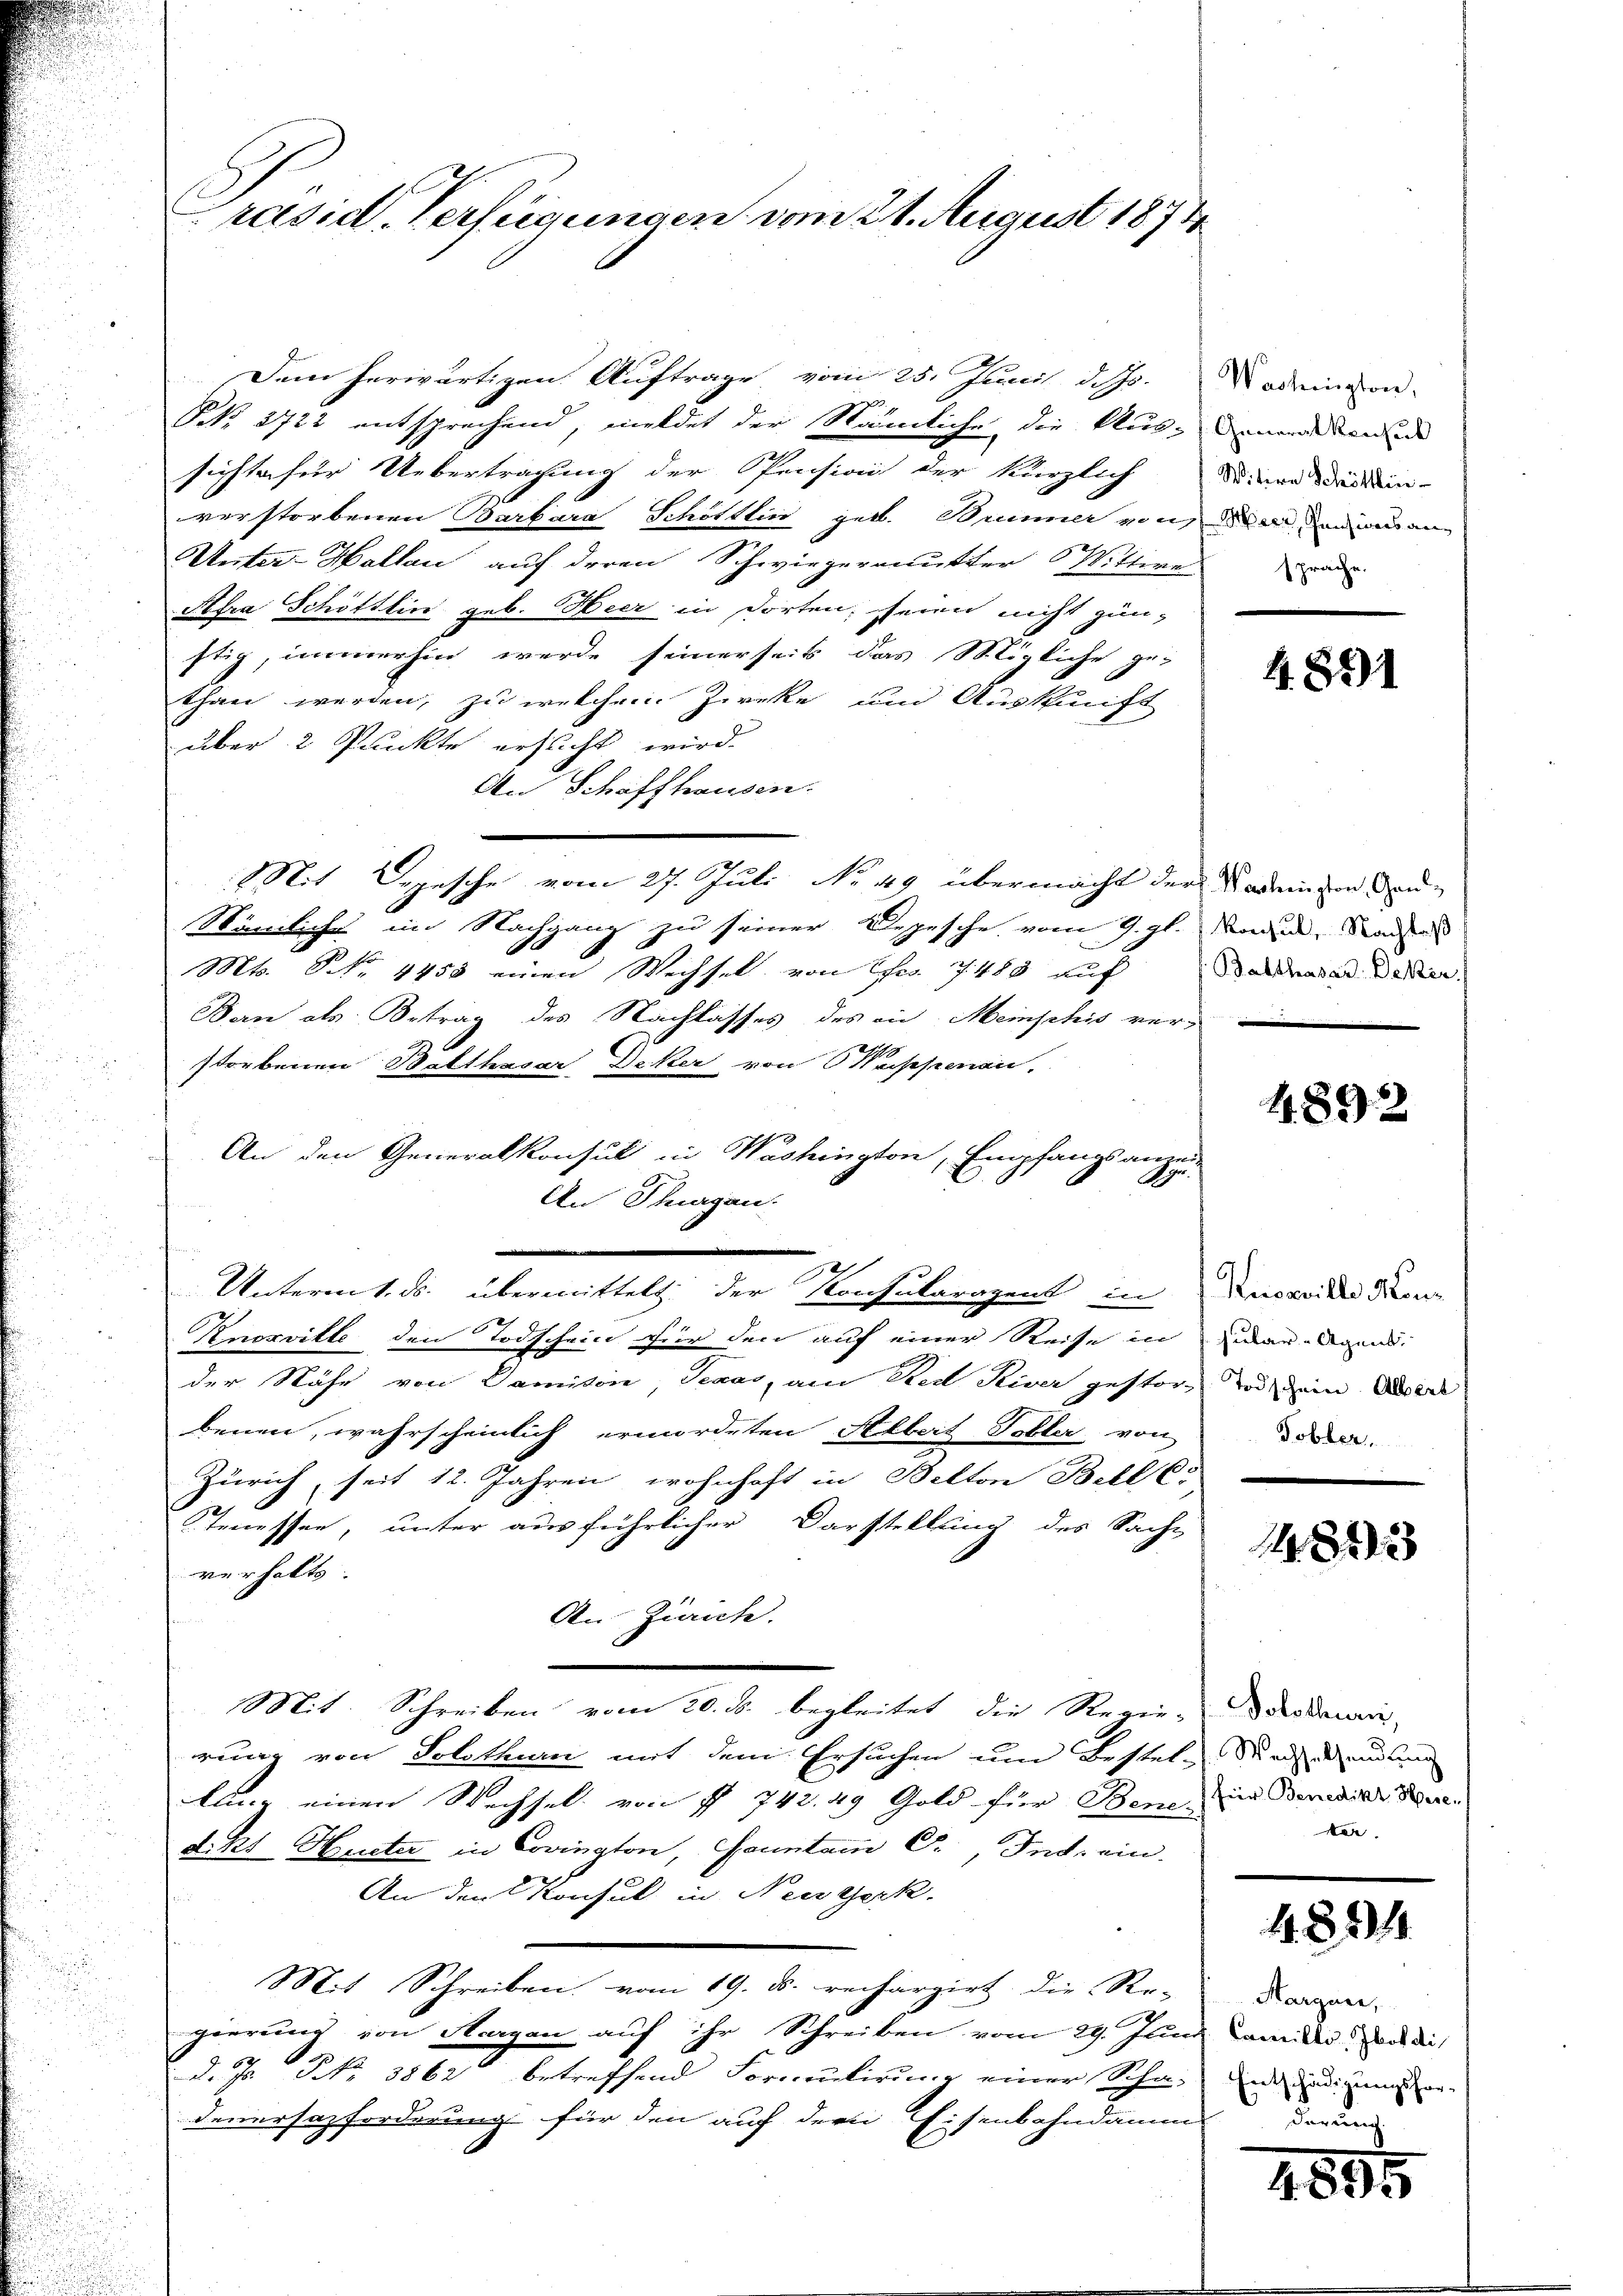
Präsid. Verfügungen vom 21. August 1874

Dem herwärtigen Auftrage vom 25. Juni d. Js. ademein-
NNo. 2722 entsprechend, meldet der Nämliche die Aus- inandenen
sichte für Uebertragung der Pension der kürzlich diere Weidlin-
verstorbenen Barbara Schöttlin geb. Brunner von er an man
Weiter-Hallau auf deren Schwiegermutter 6 Wittwe
Afra Schöttlin geb. Heer in dorten, seien nicht gün-
stig, immerhin werde seinerseits das Mögliche ge-
than werden, zu welchem Zieke und Auskunft
über 2 Punkte ersucht wird.
An Schaffhausen.
Mit Depesche vom 27. Juli No 49 übermacht der Kadenten den¬
Nämliches im Nachgang zu seiner Depesche vom 9. gl. oder Sachen
Mts. S. Nr. 4458 einen Wechsel von Fr. 7483 auf andene Decker.
Bern als Betrag des Nachlasses des in Menschis verstorbenen Balthasar Deker von Wappenan
S
Untermt. ds. übermittelt der Konsutragent in Vaccide don
Knorritte den Todschein für den auf einer Reise in zuer-Regens
der Nähe von Damisoie, Seaar, am Red Liver gestor- Tod dein Aderl
benen, wahrscheinlich ermordeten Albert Tobler von
Zürich, seit 12. Jahren wohnhaft in Belton Biller
Tenessen, unter ausführlicher Darstellung des Sache
verhalts
An Ziriche.
Mit. Schreiben vom 20. ds. begleitet die Regie-Darodecani
rung von Schthur mit dem Ersuchen um Bestele Rechandlung
lung einen Wechsel von § 742. 49 Gold für Bene, in Benwill Berd. 2t Mueter in Covington, Gauntami S., In ein
An den Konsul in Neugerk.
Mit Schreiben vom 19. d. rechargirt, die Re-
gierung von Aargau auf ihr Schreiben vom 29. Juni Camer das die
d. Js. No. 1862 betreffend Formulirung einer Schnen und genen
Feuersazforderung für den auf der Eisenbahndamm

An Tagen.

An den Generalkonsul in Washington, Empfangsamei-

sprache.

4. 881

1892

Tobler.

e

1483

ker.

1. 824

Margau,
derung.

4595